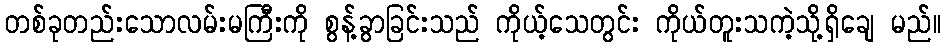
တစ်ခုတည်းသောလမ်းမကြီးကို စွန့်ခွာခြင်းသည် ကိုယ့်သေတွင်း ကိုယ်တူးသကဲ့သို့ရှိချေ မည်။